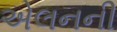
એલનની